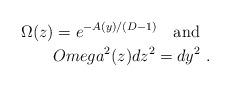
LaTeX: \begin{align*}\Omega (z) = e^{- A(y)/(D-1)}\ \ \ \mbox{and } \ \\Omega^2 (z) dz^2 = dy^2 \ .\end{align*}